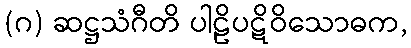
(ဂ) ဆဋ္ဌသံဂီတိ ပါဠိပဋိဝိသောဓက,